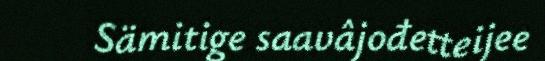
Sämitige saavâjođetteijee